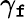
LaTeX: \gamma_{\mathtt{f}}